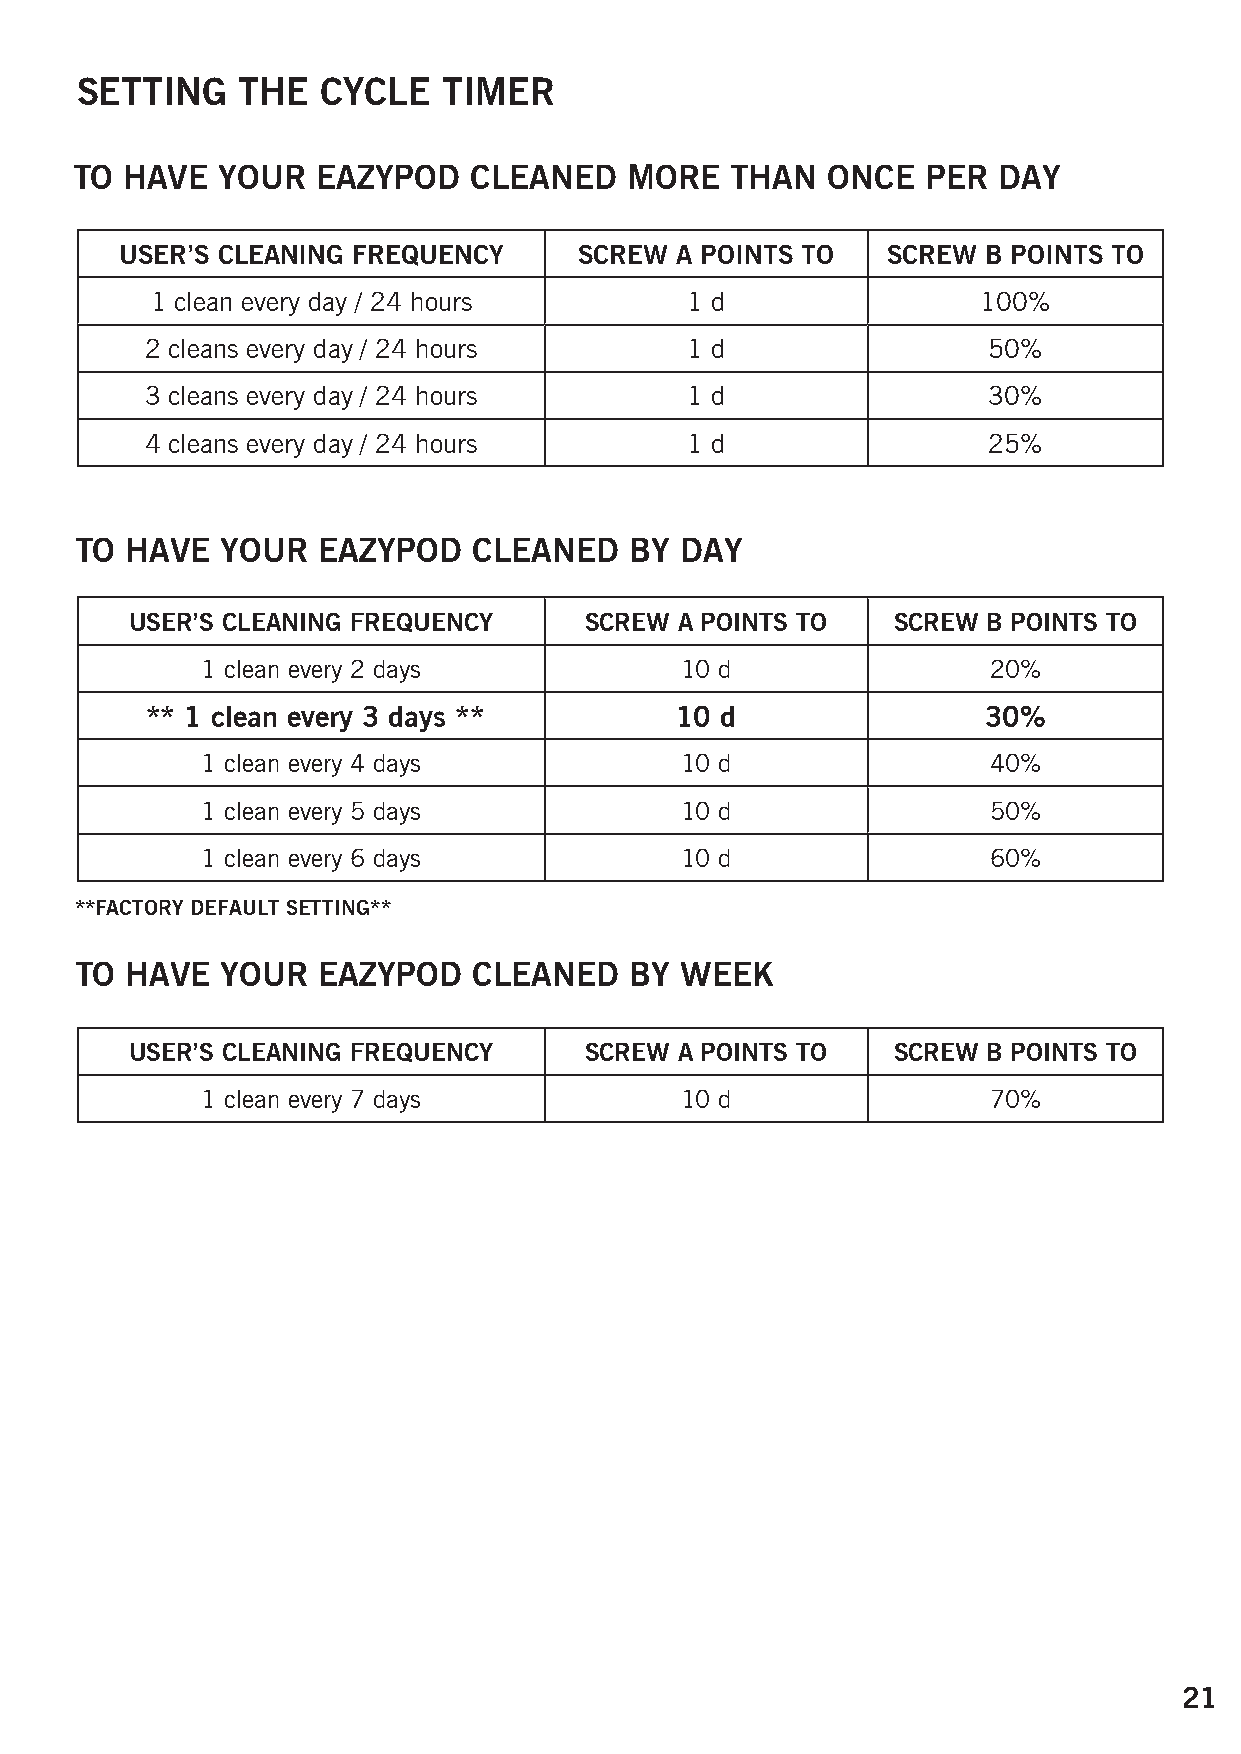
SETTING    THE  CYCLE   TIMER
 TO HAVE   YOUR  EAZYPOD   CLEANED    MORE  THAN   ONCE  PER  DAY
 USER’S CLEANING FREQUENCY     SCREW  A POINTS TO   SCREW B POINTS TO
 1 clean every day / 24 hours       1 d                 100%
 2 cleans every day / 24 hours      1 d                 50%
 3 cleans every day / 24 hours      1 d                 30%
 4 cleans every day / 24 hours      1 d                 25%
 TO HAVE   YOUR  EAZYPOD   CLEANED    BY DAY
 USER’S CLEANING FREQUENCY     SCREW A POINTS TO   SCREW B POINTS TO
 1 clean every 2 days            10 d                20%
 ** 1 clean every 3 days **         10 d                30%
 1 clean every 4 days            10 d                40%
 1 clean every 5 days            10 d                50%
 1 clean every 6 days            10 d                60%
 **FACTORY DEFAULT SETTING**
 TO HAVE   YOUR  EAZYPOD   CLEANED    BY WEEK
 USER’S CLEANING FREQUENCY     SCREW A POINTS TO   SCREW B POINTS TO
 1 clean every 7 days            10 d                70%
 21